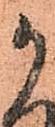
か